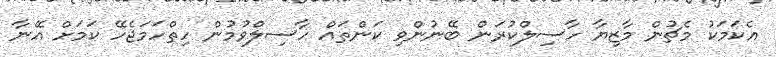
އެކަމަކު މެޗުން މާޒިޔާ ހާސިލްކުރަން ބޭނުންވި ކަންތައް ހާސިލްވުމުން ހިތްހަމަޖެހޭ ކަމަށް އޭނާ